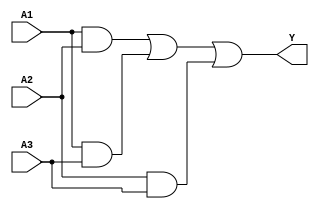
module sop_circuit (
    input wire A1, // First input
    input wire A2, // Second input
    input wire A3, // Third input
    output wire Y  // Output
);

// Internal signals for product terms
wire term1; // A1 AND A2
wire term2; // A1 AND A3
wire term3; // A2 AND A3

// AND gates for each product term
assign term1 = A1 & A2; // A1 AND A2
assign term2 = A1 & A3; // A1 AND A3
assign term3 = A2 & A3; // A2 AND A3

// OR gate to combine the product terms
assign Y = term1 | term2 | term3; // Y = A1A2 + A1A3 + A2A3

endmodule